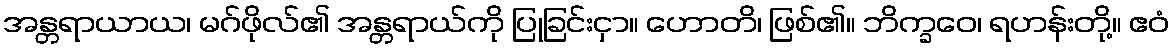
အန္တရာယာယ၊ မဂ်ဖိုလ်၏ အန္တရာယ်ကို ပြုခြင်းငှာ။ ဟောတိ၊ ဖြစ်၏။ ဘိက္ခဝေ၊ ရဟန်းတို့။ ဧဝံ